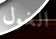
الغول